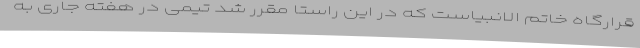
قرارگاه خاتم الانبیاست که در این راستا مقرر شد تیمی در هفته جاری به